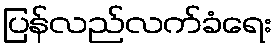
ပြန်လည်လက်ခံရေး